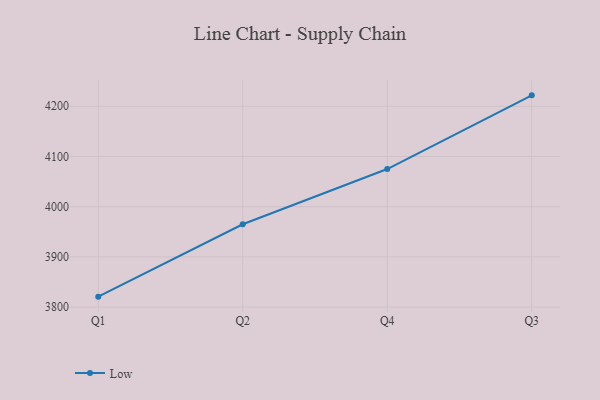
{"axis": {"x": "Quarter", "y": "Active Users"}, "legend": ["Low"], "data": [{"x": "Q1", "y": 3820.8, "type": "Low"}, {"x": "Q2", "y": 3965.0, "type": "Low"}, {"x": "Q4", "y": 4075.0, "type": "Low"}, {"x": "Q3", "y": 4221.8, "type": "Low"}]}